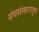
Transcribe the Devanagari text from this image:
संघसंस्कारातून